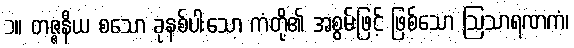
၁။ တဇ္ဇနီယ စသော ခုနစ်ပါးသော ကံတို့၏ အစွမ်းဖြင့် ဖြစ်သော ဩသာရဏကံ၊